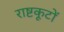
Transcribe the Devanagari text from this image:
राष्टकूटों